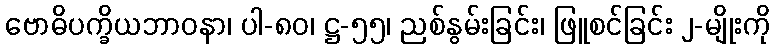
ဗောဓိပက္ခိယဘာဝနာ၊ ပါ-၈၀၊ ဋ္ဌ-၅၅၊ ညစ်နွမ်းခြင်း၊ ဖြူစင်ခြင်း ၂-မျိုးကို